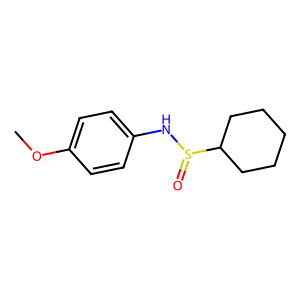
SMILES: COc1ccc(NS(=O)C2CCCCC2)cc1
Inhibits HIV replication: No